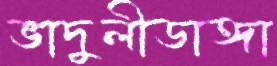
ভাদুলীডাঙ্গা